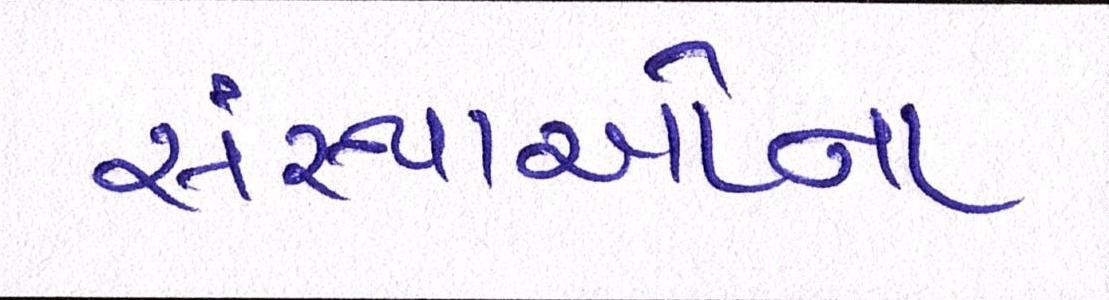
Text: સંસ્થાઓના